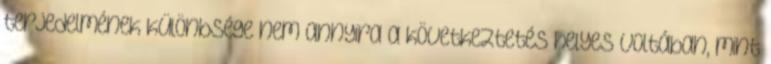
terjedelmének különbsége nem annyira a következtetés helyes voltában, mint